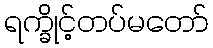
ရက္ခိုင့်တပ်မတော်